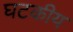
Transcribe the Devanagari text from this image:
घटकीय